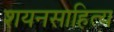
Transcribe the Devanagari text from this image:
शयनसाहित्य